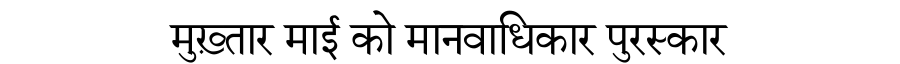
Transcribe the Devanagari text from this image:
मुख़्तार माई को मानवाधिकार पुरस्कार